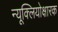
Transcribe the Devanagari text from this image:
न्यूक्लियोक्षारक